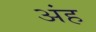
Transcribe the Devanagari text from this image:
अंह